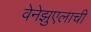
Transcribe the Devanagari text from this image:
वेनेझुएलाची